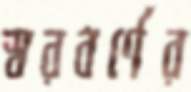
স্বরবর্ণের